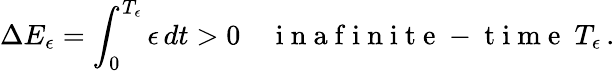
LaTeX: \Delta E_{\epsilon}=\int_{0}^{T_{\epsilon}}\epsilon\, dt>0\quad\mathrm{~i~n~a~f~i~n~i~t~e~-~t~i~m~e~}~T_{\epsilon}\, .